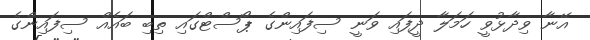
އޭނާ ވިދާޅުވީ ހަމަލާ ދީފައި ވަނީ ސިފައިންގެ ޕޯސްޓްގައި ތިބި ބައެއް ސިފައިންގެ